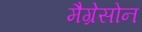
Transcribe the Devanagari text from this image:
मैग्रेसोन